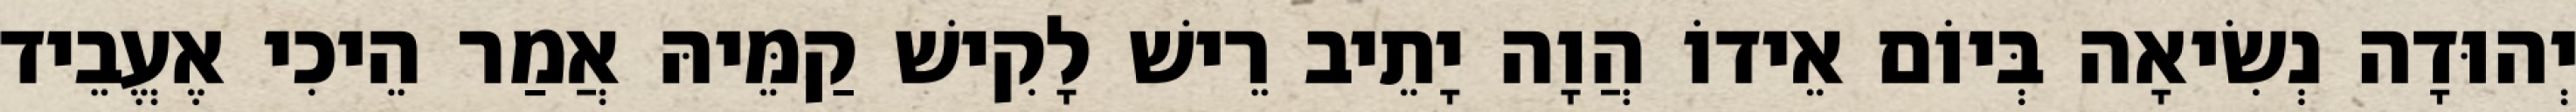
יְהוּדָה נְשִׂיאָה בְּיוֹם אֵידוֹ הֲוָה יָתֵיב רֵישׁ לָקִישׁ קַמֵּיהּ אֲמַר הֵיכִי אֶעֱבֵיד